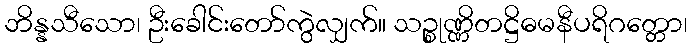
ဘိန္နသီသော၊ ဦးခေါင်းတော်ကွဲလျှက်။ သဉ္စုဏ္ဏိတဋ္ဌိဓမနီပရိဂတ္တော၊